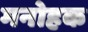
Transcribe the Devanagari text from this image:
मनोहक